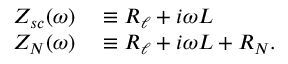
\begin{array} { r l } { Z _ { s c } ( \omega ) } & { { } \equiv R _ { \ell } + i \omega L } \\ { Z _ { N } ( \omega ) } & { { } \equiv R _ { \ell } + i \omega L + R _ { N } . } \end{array}